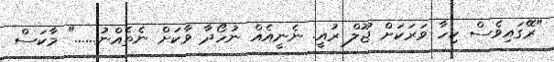
"ރޭގައިވެސް ކިހާ ވަރަކަށް ޖޫލް ރުއީ. ނެނީއެއް ނުހޯދާ ވާކަށް ނެތެއްނު......" މާކަސް